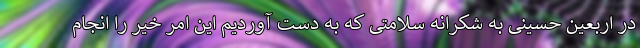
در اربعین حسینی به شکرانه سلامتی که به دست آوردیم این امر خیر را انجام